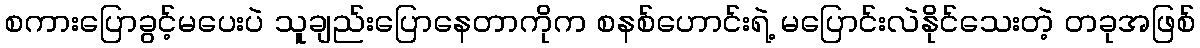
စကားပြောခွင့်မပေးပဲ သူချည်းပြောနေတာကိုက စနစ်ဟောင်းရဲ့ မပြောင်းလဲနိုင်သေးတဲ့ တခုအဖြစ်